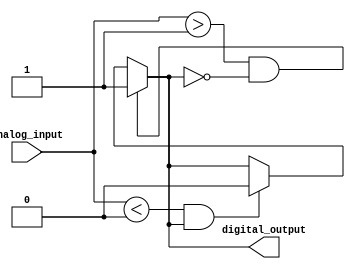
module Schmitt_trigger_inverter (
    input wire analog_input,
    output reg digital_output
);

reg prev_digital_output;

parameter THRESHOLD_HIGH = 1'b1;
parameter THRESHOLD_LOW = 1'b0;

always @* begin
    if (analog_input > THRESHOLD_HIGH && !prev_digital_output)
        digital_output = 1'b1;
    else if (analog_input < THRESHOLD_LOW && prev_digital_output)
        digital_output = 1'b0;
    else
        digital_output = prev_digital_output;
end

always @* begin
    prev_digital_output = digital_output;
end

endmodule